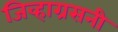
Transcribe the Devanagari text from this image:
जिव्हाग्रसनी